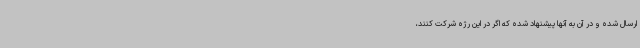
ارسال شده و در آن به آنها پیشنهاد شده که اگر در این رژه شرکت کنند،